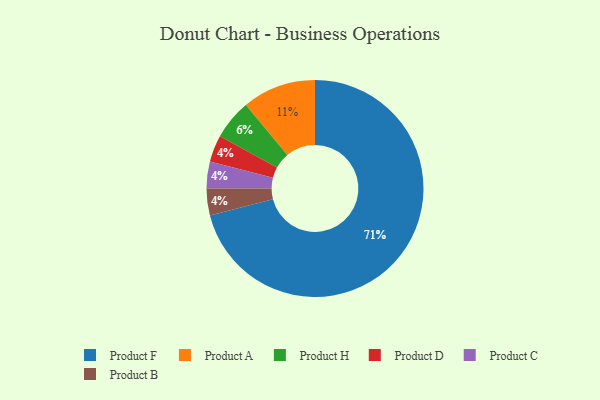
{"axis": {"x": "Category", "y": "Percentage"}, "legend": ["Product A", "Product B", "Product C", "Product D", "Product F", "Product H"], "data": [{"x": "Product D", "y": 4, "type": "Product D"}, {"x": "Product H", "y": 6, "type": "Product H"}, {"x": "Product C", "y": 4, "type": "Product C"}, {"x": "Product B", "y": 4, "type": "Product B"}, {"x": "Product A", "y": 11, "type": "Product A"}, {"x": "Product F", "y": 71, "type": "Product F"}]}